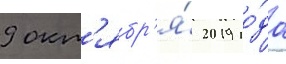
9 окт'ябр'я́ 2019 го́да